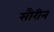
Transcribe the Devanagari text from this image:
सौरीन